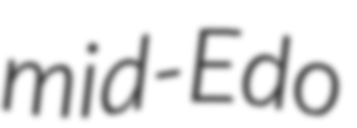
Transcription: mid-Edo